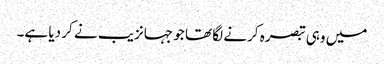
میں وہی تبصرہ کرنے لگا تھا جو جہانزیب نے کر دیا ہے۔